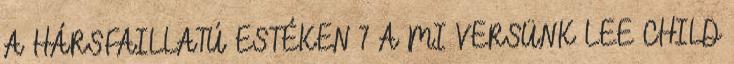
A HÁRSFAILLATÚ ESTÉKEN 7 A MI VERSÜNK LEE CHILD